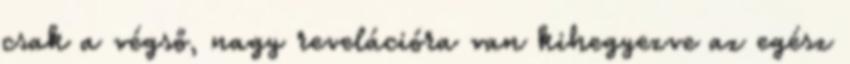
csak a végső, nagy revelációra van kihegyezve az egész